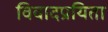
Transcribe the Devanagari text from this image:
विवादप्रयिता